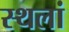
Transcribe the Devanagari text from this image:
स्थलां